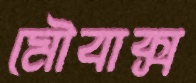
মৌবাক্স